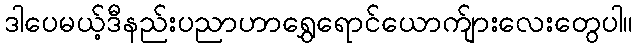
ဒါပေမယ့်ဒီနည်းပညာဟာရွှေရောင်ယောက်ျားလေးတွေပါ။